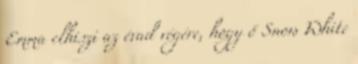
Emma elhiszi az évad végére, hogy ő Snow White